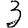
Digit: 3